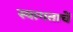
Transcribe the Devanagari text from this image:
स्वागताचें